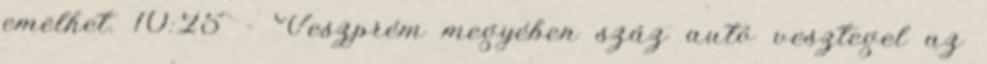
emelhet. 10:25 - Veszprém megyében száz autó vesztegel az